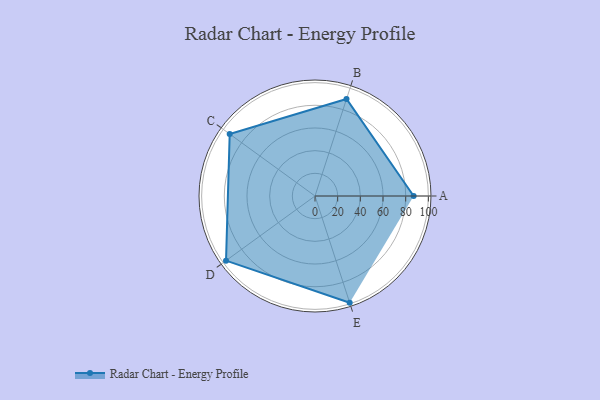
{"axis": {"x": "Skill", "y": "Score"}, "legend": ["Profile"], "data": [{"x": "A", "y": 87.0, "type": "Profile"}, {"x": "B", "y": 90.0, "type": "Profile"}, {"x": "C", "y": 93.0, "type": "Profile"}, {"x": "D", "y": 97.0, "type": "Profile"}, {"x": "E", "y": 99, "type": "Profile"}]}